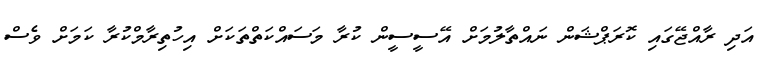
އަދި ރާއްޖޭގައި ކޮރަޕްޝަން ނައްތާލުމަށް އޭސީސީން ކުރާ މަސައްކަތްތަކަށް އިހުތިރާމްކުރާ ކަމަށް ވެސް